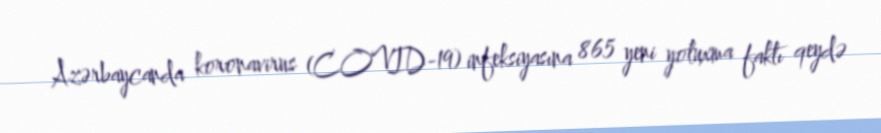
Azərbaycanda koronavirus (COVID-19) infeksiyasına 865 yeni yoluxma faktı qeydə